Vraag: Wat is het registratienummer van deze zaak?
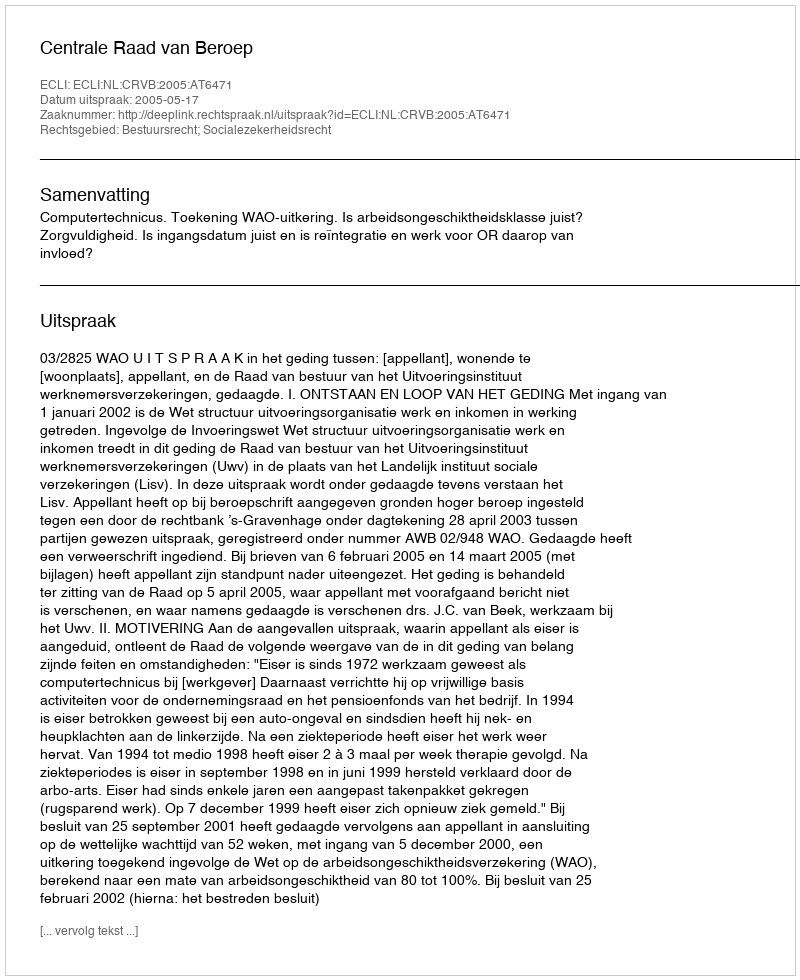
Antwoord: http://deeplink.rechtspraak.nl/uitspraak?id=ECLI:NL:CRVB:2005:AT6471